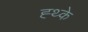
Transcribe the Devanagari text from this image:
ह्थ्के